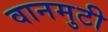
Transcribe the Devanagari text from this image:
वानमुटी